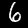
Digit: 6